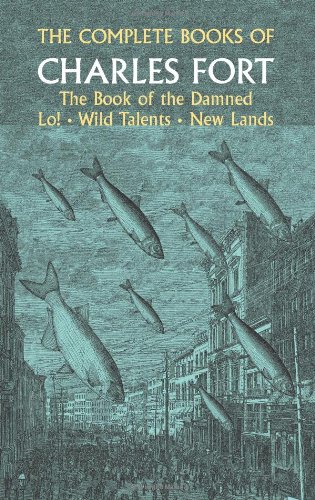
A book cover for The Complete Books of Charles Fort: The Book of the Damned / Lo! / Wild Talents / New Lands; Charles Fort; Religion & Spirituality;